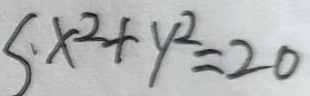
x ^ { 2 } + y ^ { 2 } = 2 0